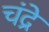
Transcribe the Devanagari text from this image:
चंद्रे